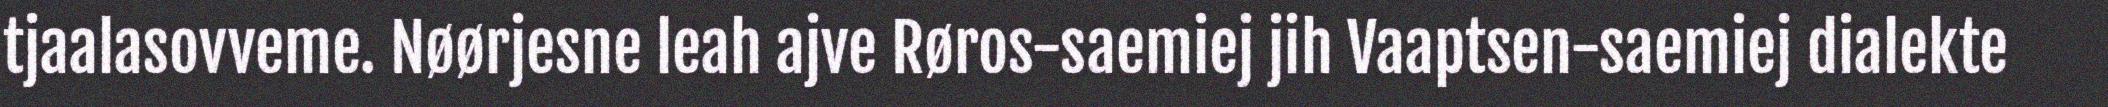
tjaalasovveme. Nøørjesne leah ajve Røros-saemiej jih Vaaptsen-saemiej dialekte